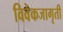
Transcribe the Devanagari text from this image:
विवेकजागृती